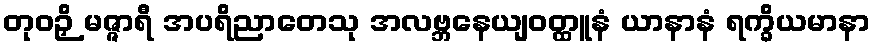
တုဝဉှိ မဇ္ဇာရီ အပရိညာတေသု အလဗ္ဘနေယျဝတ္ထူနံ ယာနာနံ ရက္ခိယမာနာ